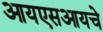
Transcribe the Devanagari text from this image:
आयएसआयचे